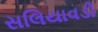
સલિયાવડી